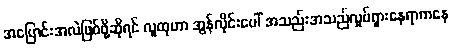
အပြောင်းအလဲဖြစ်ဖို့ဆိုရင် လူထုဟာ အွန်လိုင်းပေါ် အသည်းအသည်လှုပ်ရှားနေရာကနေ